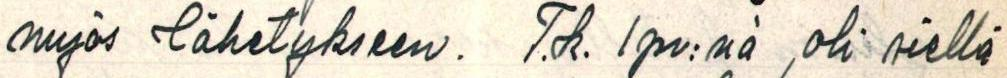
myös lähetykseen. T.k. 1 pv:nä oli siellä